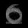
Digit: ၀